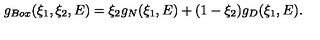
g _ { B o x } ( \xi _ { 1 } , \xi _ { 2 } , E ) = \xi _ { 2 } g _ { N } ( \xi _ { 1 } , E ) + ( 1 - \xi _ { 2 } ) g _ { D } ( \xi _ { 1 } , E ) .